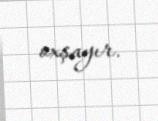
oxşayır.